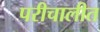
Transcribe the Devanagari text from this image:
परीचालीत